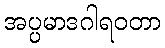
အပ္ပမာဒဂါရဝတာ